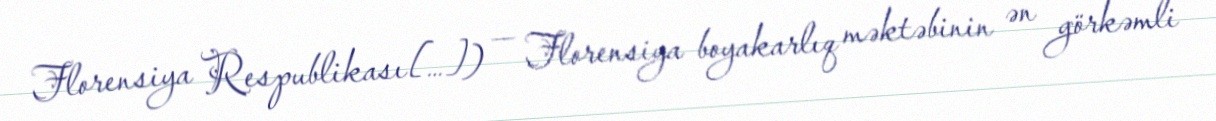
Florensiya Respublikası[…]) — Florensiya boyakarlıq məktəbinin ən görkəmli